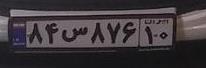
۸۴س۸۷۶۱۰